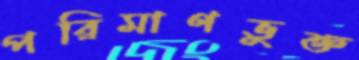
পরিমাণভুক্ত